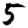
Digit: 5